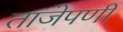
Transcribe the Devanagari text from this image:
ताजेपणी